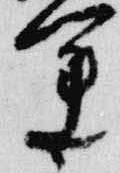
運